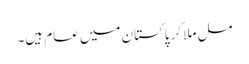
مل ملا کر پاکستان میں عام ہیں۔